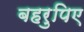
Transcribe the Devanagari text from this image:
बहरुपिए